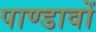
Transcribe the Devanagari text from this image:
पाण्डावों